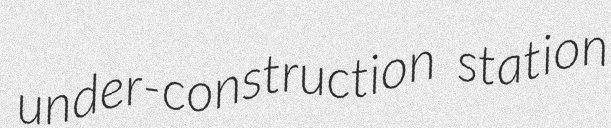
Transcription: under-construction station